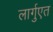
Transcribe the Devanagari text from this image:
लार्गुएत